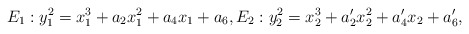
\begin{align*} E_1 : y_1^2 = x_1^3+a_2x_1^2+a_4x_1+a_6, E_2 : y_2^2 = x_2^3+a'_2x_2^2+a'_4x_2+a'_6,\end{align*}